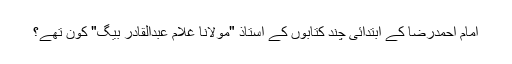
امام احمدرضا کے ابتدائی چند کتابوں کے استاذ "مولانا غلام عبدالقادر بیگ" کون تھے؟